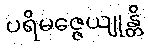
ပရိမဇ္ဇေယျုန္တိ